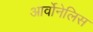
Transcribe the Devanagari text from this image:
आर्वोनेलिस